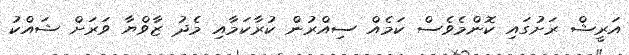
އަރީޝް ރަށުގައި ކޮންމެވެސް ކަމެއް ސިއްރުން ކުރާކަމާއި މެދު ޒާވްޔާ ވަރަށް ޝައްކު